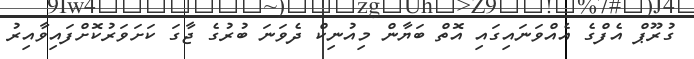
ގުރޫޕް އެފްގެ އެއްވަނައިގައި އޮތް ބަޔާން މިއުނިކް ދެވަނަ ބުރުގެ ޖާގަ ކަށަވަރުކޮށްފައިވާއިރު